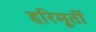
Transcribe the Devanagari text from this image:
हरिमूर्ती